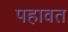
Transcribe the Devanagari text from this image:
पहावत